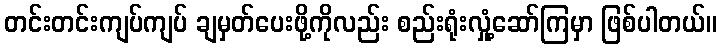
တင်းတင်းကျပ်ကျပ် ချမှတ်ပေးဖို့ကိုလည်း စည်းရုံးလှုံ့ဆော်ကြမှာ ဖြစ်ပါတယ်။